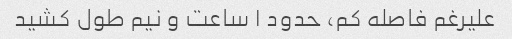
علیرغم فاصله کم، حدود ۱ ساعت و نیم طول کشید